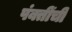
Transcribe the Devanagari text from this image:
पंक्तींची